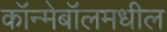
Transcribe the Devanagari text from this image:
कॉन्मेबॉलमधील